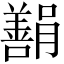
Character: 𬙿